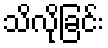
သိလိုခြင်း